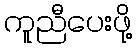
ကူညီပေးဖို့